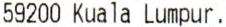
59200 KUALA LUMPUR.